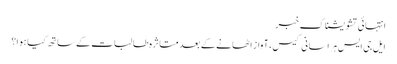
انتہائی تشویشناک خبر
ایل جی ایس ہراسانی کیس، آواز اٹھانے کے بعد متاثرہ طالبات کے ساتھ کیا ہوا؟